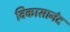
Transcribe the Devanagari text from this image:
विकासानंद